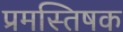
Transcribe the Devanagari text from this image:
प्रमस्तिषक